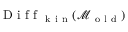
\mathrm { ~ D ~ i ~ f ~ f ~ } _ { \mathrm { ~ k ~ i ~ n ~ } } ( \mathcal { M } _ { \mathrm { ~ o ~ l ~ d ~ } } )